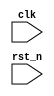
//
module amesha (
    input clk,    // Clock
    input rst_n  // Asynchronous reset active low
);

endmodule